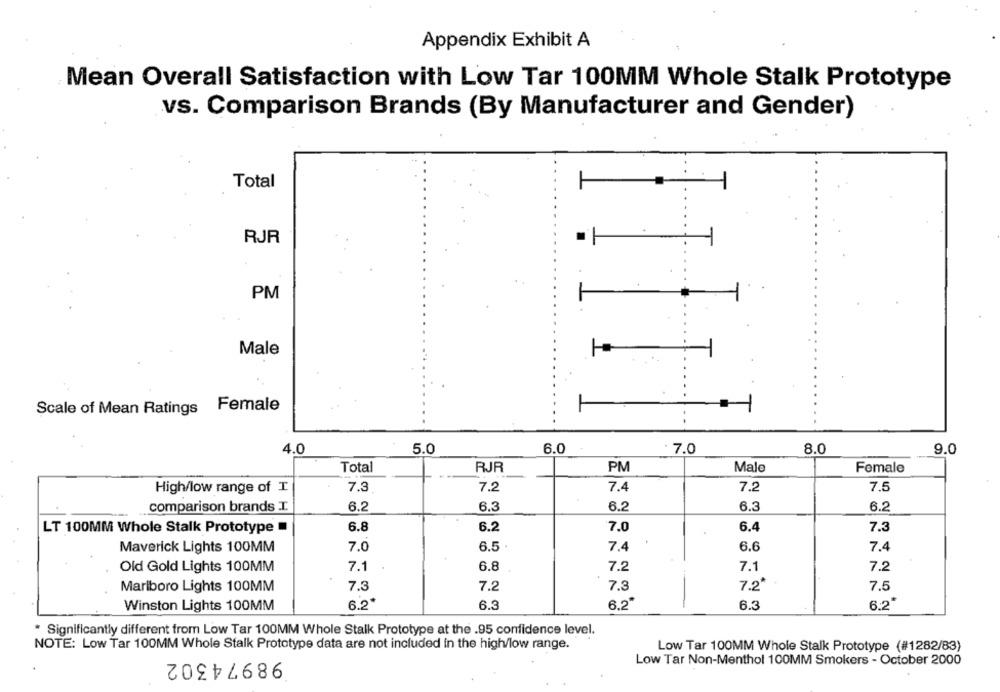
Appendix Exhibit A
Mean Overall Satisfaction with Low Tar 100MM Whole Stalk Prototype
vs. Comparison Brands (By Manufacturer and Gender)
Total
RJR
PM
Male
Scale of Mean Ratings Female
5.0
6.0
7.0
8.0
9.0
4.0
Total
RJR
PM
Malo
Female
High/low range of I
7.3
7.2
7.4
7.2
7.5
comparison brands I.
6.2
6.3
6.2
6.3
6.2
LT 100MM Whole Stalk Prototype
6.8
6.2
7.0
6.4
7.3
7.0
6.5
7.4
6.6
7.4
Maverick Lights 100MM
Old Gold Lights 100MM
7.1
6.8
7.2
7.1
7.2
7.3
7.
7.3
7.2*
7.5
Marlboro Lights 100MM
Winston Lights 100MM
6.2
6.3
6.2*
6.3
6:2"
* Significantly different from Low Tar 100MM Whole Stalk Prototype at the .95 confidence level.
NOTE: Low Tar 100MM Whole Stalk Prototype data are not included in the high/low range.
Low Tar 100MM Whole Stalk Prototype (#1282/83)
98974302
Low Tar Non-Menthol 100MM Smokers - October 2000